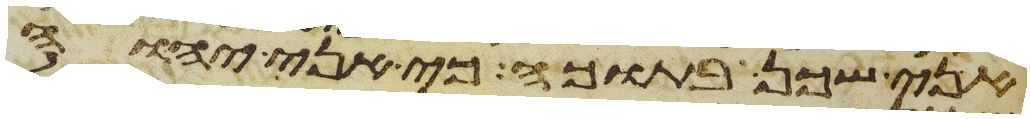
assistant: אני שכן בתוכה כי אני יהוה